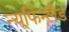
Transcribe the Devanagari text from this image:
न्यूफिन्लैंड